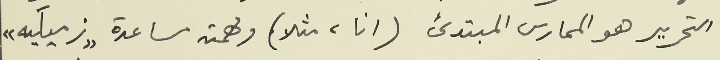
التحرير هو الممارس المبتدئ (انا، مثلاً) ومهمته مساعدة "زميلَيه"